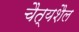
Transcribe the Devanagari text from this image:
चैत्यशैल